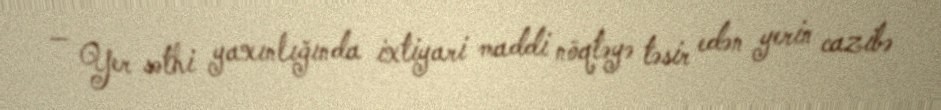
— Yer səthi yaxınlığında ixtiyari maddi nöqtəyə təsir edən yerin cazibə